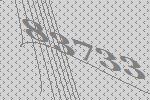
83733